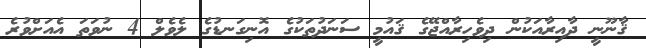
ޤާނޫނީ ދާއިރާއަކުން ދިވެހިރާއްޖޭގެ ޤައުމީ ސަނަދުތަކުގެ އޮނިގަނޑުގެ ލެވެލް 4 ނުވަތަ އެއަށްވުރެ